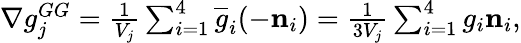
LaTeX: \begin{array}{r}{\nabla g_{j}^{GG}=\frac{1}{V_{j}}\sum_{i=1}^{4}\overline{{g}}_{i}(-{\mathbf n}_{i})=\frac{1}{3V_{j}}\sum_{i=1}^{4}g_{i}{\mathbf n}_{i},}\end{array}